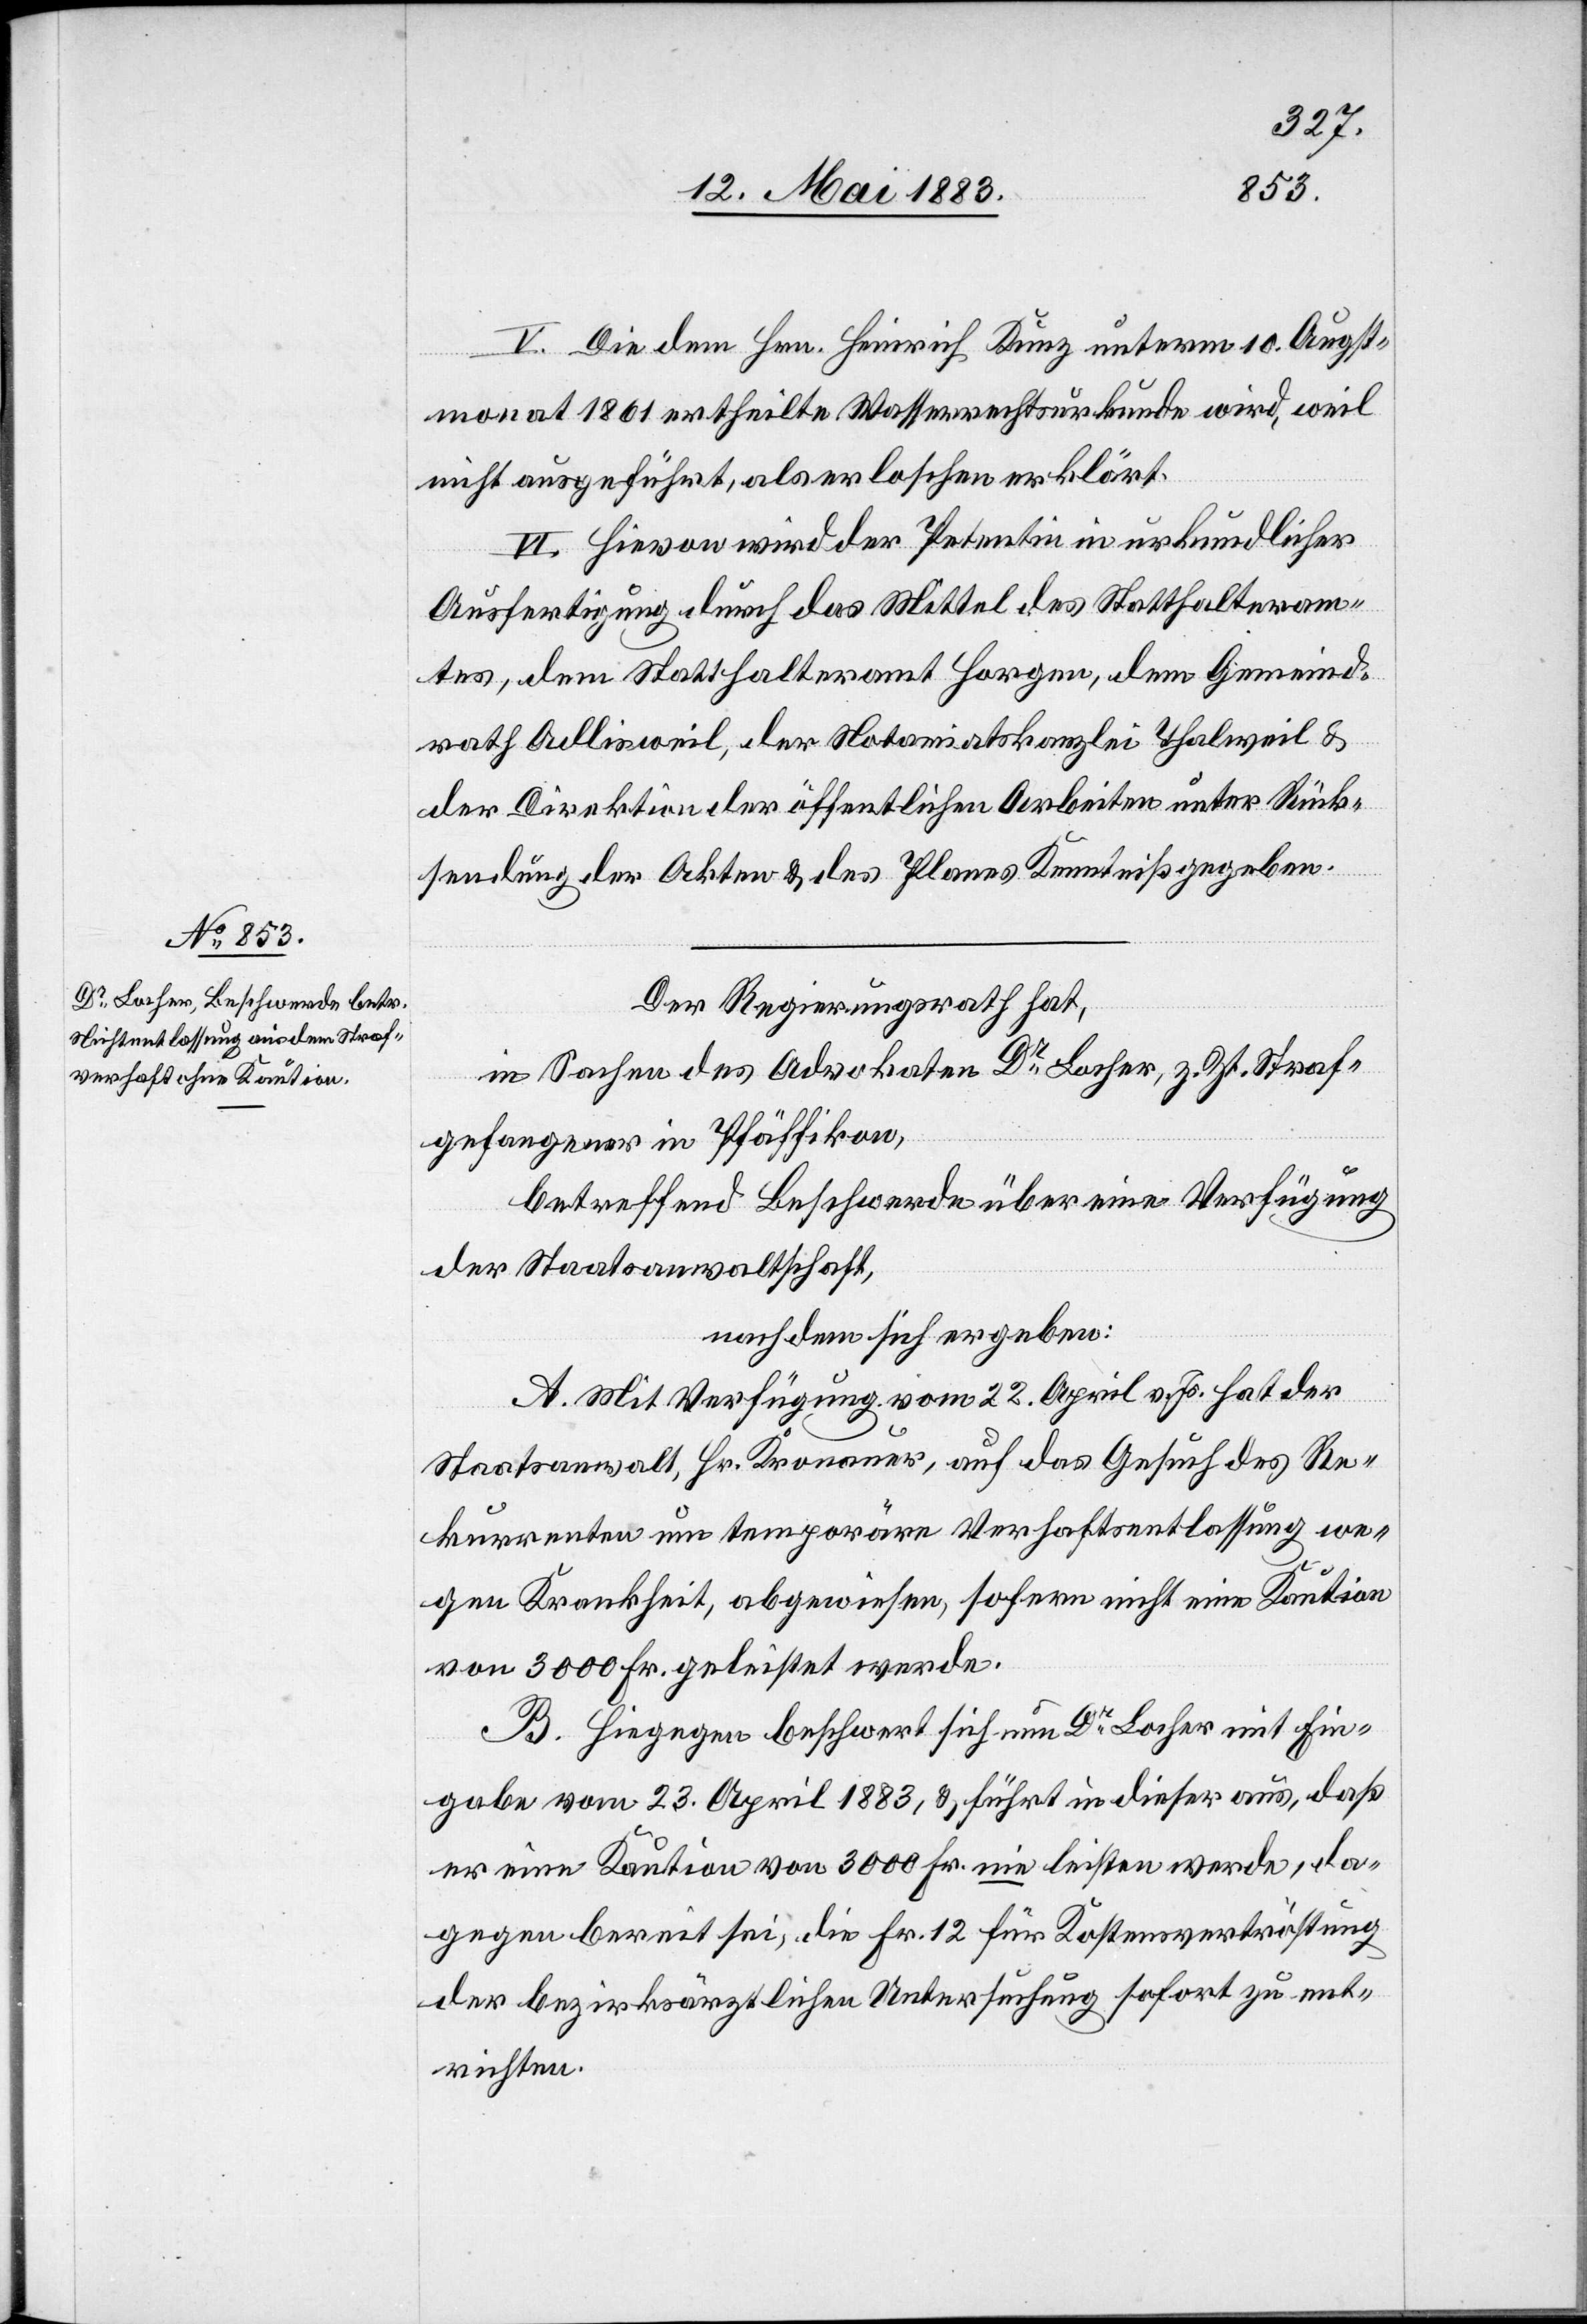
V. Die dem Hrn. Heinrich Kunz unterm 10. Augst¬
monat 1861 ertheilte Wasserrechtsurkunde wird, weil
nicht ausgeführt, als erloschen erklärt.
VI. Hievon wird der Petentin in urkundlicher
Ausfertigung durch das Mittel des Statthalteram¬
tes, dem Statthalteramt Horgen, dem Gemeind¬
rath Adlisweil, der Notariatskanzlei Thalweil &
der Direktion der öffentlichen Arbeiten unter Rück¬
sendung der Akten & des Planes Kenntniß gegeben.
Der Regierungsrath hat,
in Sachen des Advokaten Dr Locher, z. Zt. Straf¬
gefangener in Pfäffikon,
betreffend Beschwerde über eine Verfügung
der Staatsanwaltschaft,
nachdem sich ergeben:
A. Mit Verfügung vom 22. April v. Js. hat der
Staatsanwalt, Hr. Kronauer, auf das Gesuch des Re¬
kurrenten um temporäre Verhaftsentlassung we¬
gen Krankheit, abgewiesen, sofern nicht eine Kaution
von 3000 Fr. geleistet werde.
B. Hiegegen beschwert sich nun Dr Locher mit Ein¬
gabe vom 23. April 1883, & führt in dieser aus, daß
er eine Kaution von 3000 Fr. nie leisten werde, da¬
gegen bereit sei, die Fr. 12 für Kostenvertröstung
der bezirksräthlichen Untersuchung sofort zu ent¬
richten.